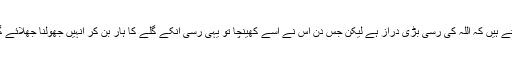
کہتے ہیں کہ اللہ کی رسی بڑی دراز ہے لیکن جس دن اس نے اسے کھینچا تو یہی رسی انکے گلے کا ہار بن کر انہیں جھولنا جھلائے گی۔